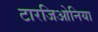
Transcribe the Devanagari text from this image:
टारजिओनिया